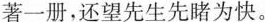
著一册，还望先生先睹为快。